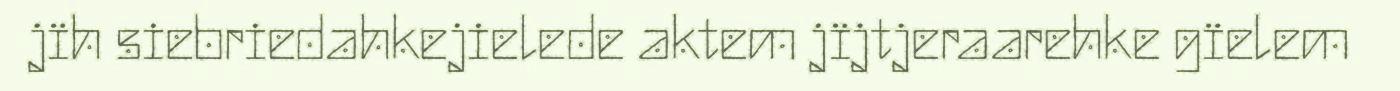
jïh siebriedahkejielede aktem jïjtjeraarehke gïelem